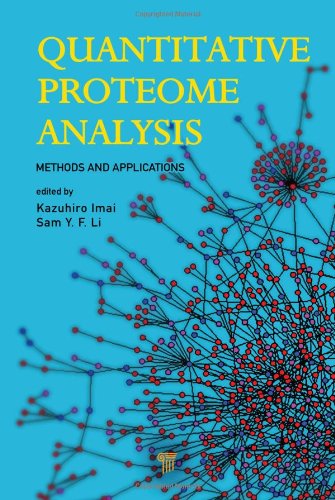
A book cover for Quantitative Proteome Analysis: Methods and Applications; Medical Books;